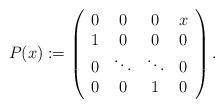
LaTeX: \begin{align*}P(x) := \left(\begin{array}{cccc} 0 & 0 & 0 &x\\1&0 &0 &0 \\0&\ddots & \ddots&0 \\0&0&1&0\end{array} \right).\end{align*}